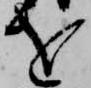
を